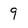
Character: 9